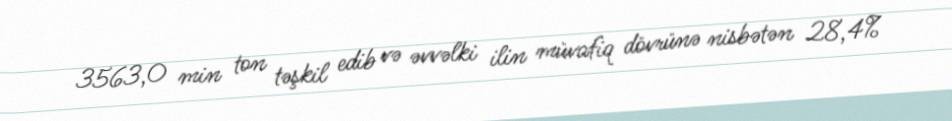
3563,0 min ton təşkil edib və əvvəlki ilin müvafiq dövrünə nisbətən 28,4%